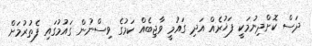
ދަސް ކޮށްދިނުމަކީ ފަޚުރެއް އަދި ގައުމީ ވާޖިބެއް ކަމުގެ ވިސްނުން ގައުމުގައި ފެތުރުމަށް